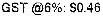
GST @6%: $0.46